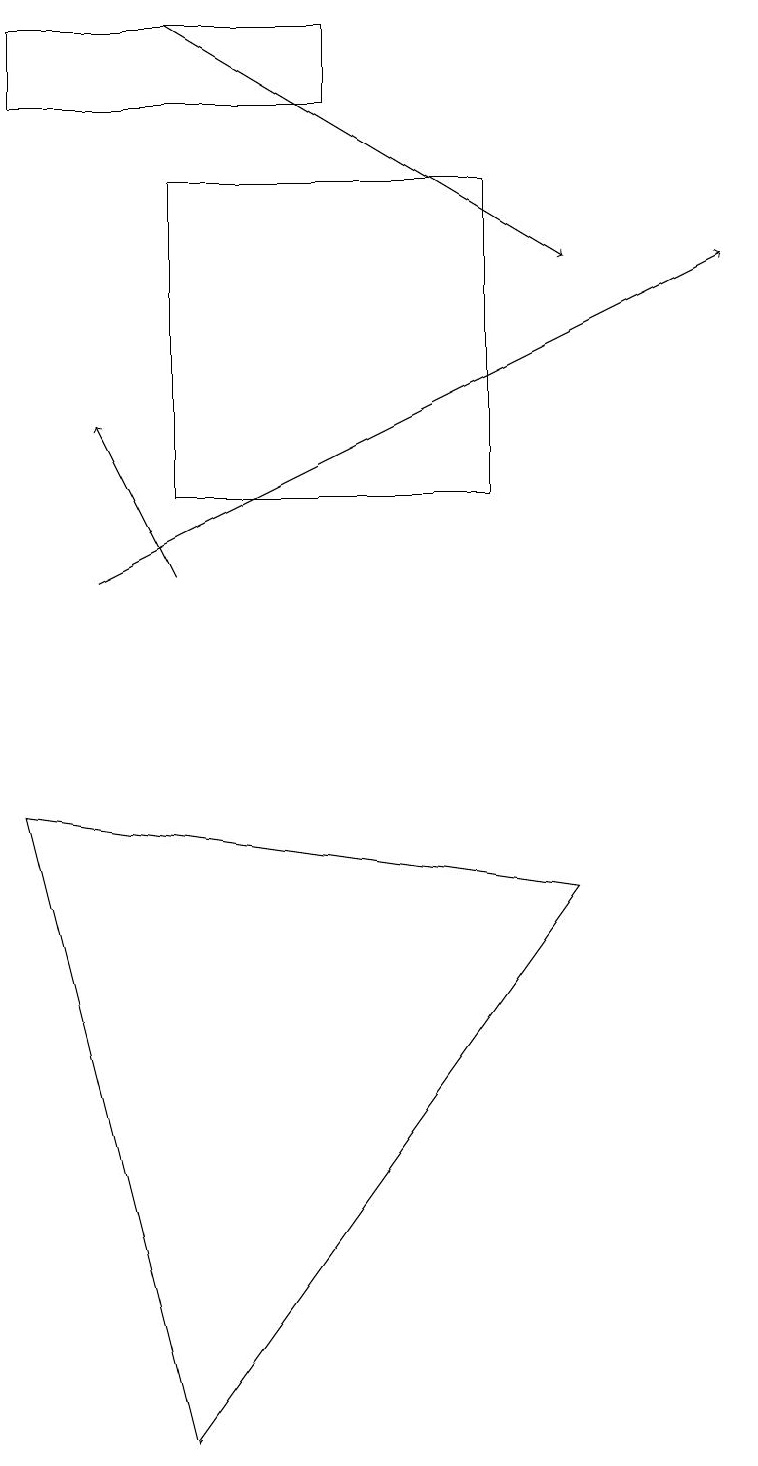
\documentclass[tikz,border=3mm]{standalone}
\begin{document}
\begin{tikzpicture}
\draw (2,16) rectangle (6,12);
\draw[->] (2,18) -- (7,15);
\draw (0,8) -- (2,0) -- (7,7) -- cycle;
\draw[->] (1,11) -- (9,15);
\draw (4,18) rectangle (0,17);
\draw[->] (2,11) -- (1,13);
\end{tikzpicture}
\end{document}